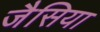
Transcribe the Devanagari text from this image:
जैसिया